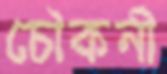
চৌকনী